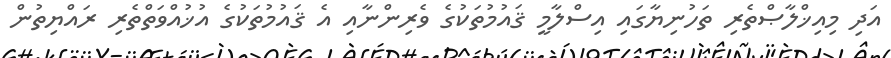
އަދި މިއިޚްލާޞްތެރި ތަހުނިޔާގައި އިސްލާމީ ޤައުމުތަކުގެ ވެރިންނާއި އެ ޤައުމުތަކުގެ އުޚުއްވަތްތެރި ރައްޔިތުން